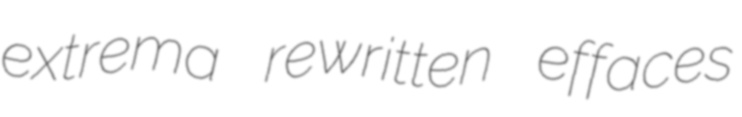
extrema rewritten effaces